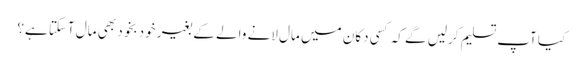
کیا آپ تسلیم کرلیں گے کہ کسی دکان میں مال لانے والے کے بغیر خود بخود بھی مال آسکتا ہے؟